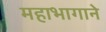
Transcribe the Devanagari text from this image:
महाभागाने